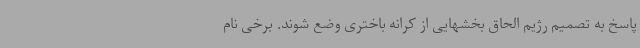
پاسخ به تصمیم رژیم الحاق بخشهایی از کرانه باختری وضع شوند. برخی نام